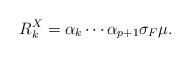
\begin{align*}R^X_k=\alpha_k\cdots \alpha_{p+1}\sigma_F \mu.\end{align*}